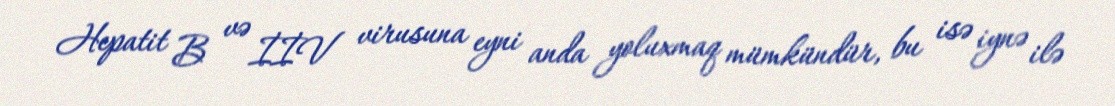
Hepatit B və İİV virusuna eyni anda yoluxmaq mümkündür, bu isə iynə ilə